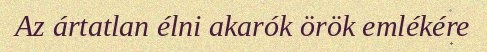
Az ártatlan élni akarók örök emlékére